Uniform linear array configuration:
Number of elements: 48
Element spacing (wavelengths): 0.75
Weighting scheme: blackman
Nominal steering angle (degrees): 30
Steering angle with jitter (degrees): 29.549
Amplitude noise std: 0.05
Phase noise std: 0.05

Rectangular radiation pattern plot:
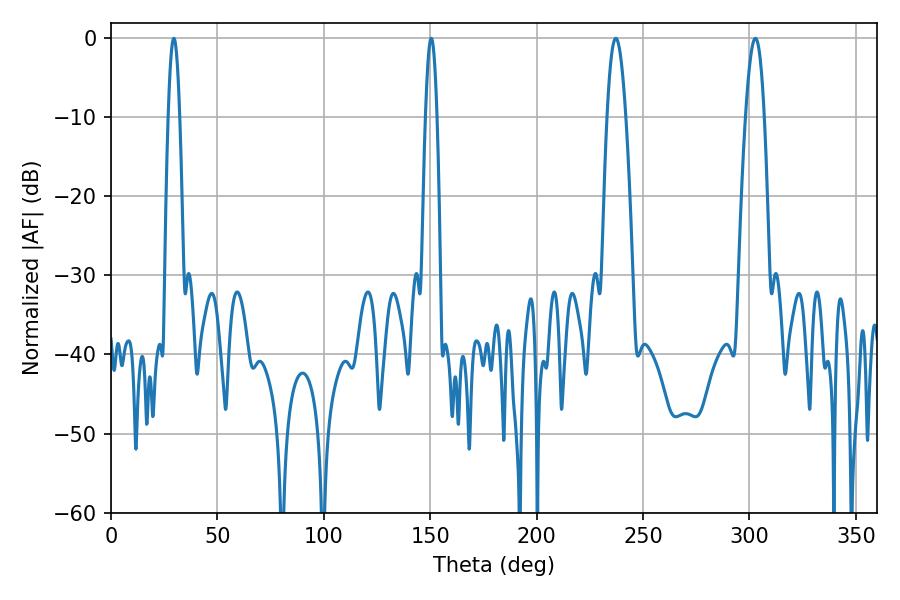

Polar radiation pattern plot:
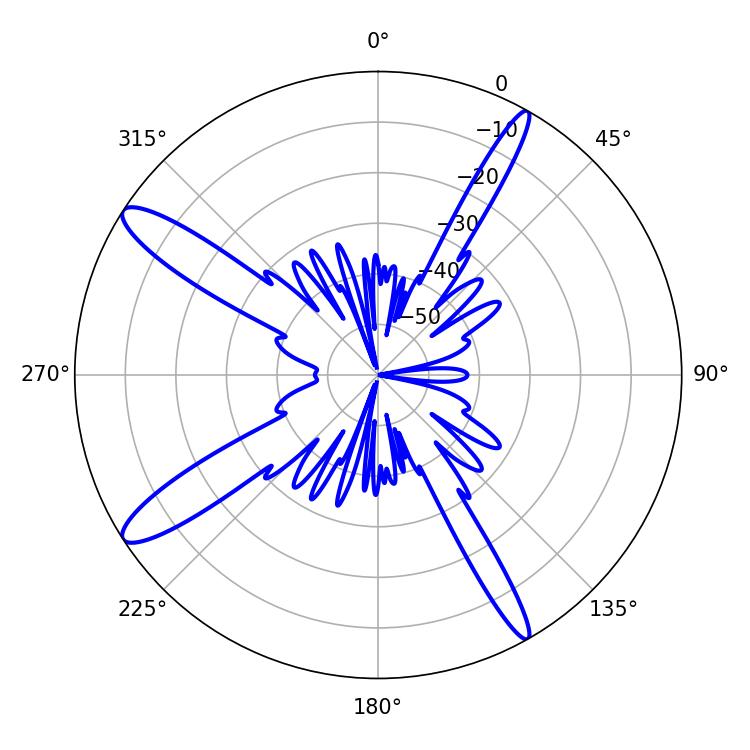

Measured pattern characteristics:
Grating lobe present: TRUE
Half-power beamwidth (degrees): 2.88
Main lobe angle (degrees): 29.52